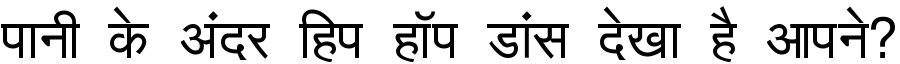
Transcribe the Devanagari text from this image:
पानी के अंदर हिप हॉप डांस देखा है आपने?